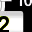
Digit: 2